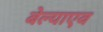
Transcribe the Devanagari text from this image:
बेल्याएव